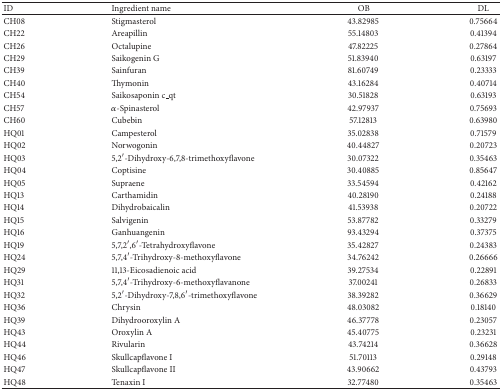
<table><thead><tr><td><b>ID</b></td><td><b>Ingredient name</b></td><td><b> OB</b></td><td><b>DL</b></td></tr></thead><tbody><tr><td>CH08</td><td>Stigmasterol</td><td>43.82985</td><td>0.75664</td></tr><tr><td>CH22</td><td>Areapillin</td><td>55.14803</td><td>0.41394</td></tr><tr><td>CH26</td><td>Octalupine</td><td>47.82225</td><td>0.27864</td></tr><tr><td>CH29</td><td>Saikogenin G</td><td>51.83940</td><td>0.63197</td></tr><tr><td>CH39</td><td>Sainfuran</td><td>81.60749</td><td>0.23333</td></tr><tr><td>CH40</td><td>Thymonin</td><td>43.16284</td><td>0.40714</td></tr><tr><td>CH54</td><td>Saikosaponin c_qt</td><td>30.51828</td><td>0.63193</td></tr><tr><td>CH57</td><td><i>α</i>-Spinasterol</td><td>42.97937</td><td>0.75693</td></tr><tr><td>CH60</td><td>Cubebin</td><td>57.12813</td><td>0.63980</td></tr><tr><td>HQ01</td><td>Campesterol</td><td>35.02838</td><td>0.71579</td></tr><tr><td>HQ02</td><td>Norwogonin</td><td>40.44827</td><td>0.20723</td></tr><tr><td>HQ03</td><td>5,2′-Dihydroxy-6,7,8-trimethoxyflavone</td><td>30.07322</td><td>0.35463</td></tr><tr><td>HQ04</td><td>Coptisine</td><td>30.40885</td><td>0.85647</td></tr><tr><td>HQ05</td><td>Supraene</td><td>33.54594</td><td>0.42162</td></tr><tr><td>HQ13</td><td>Carthamidin</td><td>40.28190</td><td>0.24188</td></tr><tr><td>HQ14</td><td>Dihydrobaicalin</td><td>41.53938</td><td>0.20722</td></tr><tr><td>HQ15</td><td>Salvigenin</td><td>53.87782</td><td>0.33279</td></tr><tr><td>HQ16</td><td>Ganhuangenin</td><td>93.43294</td><td>0.37375</td></tr><tr><td>HQ19</td><td>5,7,2′,6′-Tetrahydroxyflavone</td><td>35.42827</td><td>0.24383</td></tr><tr><td>HQ24</td><td>5,7,4′-Trihydroxy-8-methoxyflavone</td><td>34.76242</td><td>0.26666</td></tr><tr><td>HQ29</td><td>11,13-Eicosadienoic acid</td><td>39.27534</td><td>0.22891</td></tr><tr><td>HQ31</td><td>5,7,4′-Trihydroxy-6-methoxyflavanone</td><td>37.00241</td><td>0.26833</td></tr><tr><td>HQ32</td><td>5,2′-Dihydroxy-7,8,6′-trimethoxyflavone</td><td>38.39282</td><td>0.36629</td></tr><tr><td>HQ36</td><td>Chrysin</td><td>48.03082</td><td>0.18140</td></tr><tr><td>HQ39</td><td>Dihydrooroxylin A</td><td>46.37778</td><td>0.23057</td></tr><tr><td>HQ43</td><td>Oroxylin A</td><td>45.40775</td><td>0.23231</td></tr><tr><td>HQ44</td><td>Rivularin</td><td>43.74214</td><td>0.36628</td></tr><tr><td>HQ46</td><td>Skullcapflavone I</td><td>51.70113</td><td>0.29148</td></tr><tr><td>HQ47</td><td> Skullcapflavone II</td><td>43.90662</td><td>0.43793</td></tr><tr><td>HQ48</td><td>Tenaxin I</td><td>32.77480</td><td>0.35463</td></tr></tbody></table>